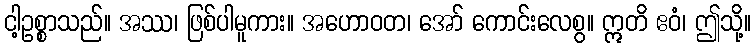
ငါ့ဥစ္စာသည်။ အဿ၊ ဖြစ်ပါမူကား။ အဟောဝတ၊ အော် ကောင်းလေစွ။ ဣတိ ဧဝံ၊ ဤသို့။